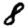
Digit: 8